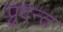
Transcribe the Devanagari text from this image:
प्रुदन्त